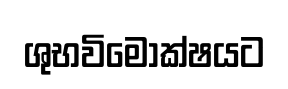
ශුභවිමොක්ෂයට